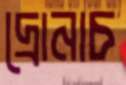
দ্রোনাচ